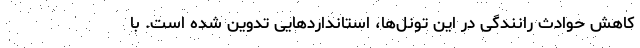
کاهش حوادث رانندگی در این تونل‌ها، استانداردهایی تدوین شده است. با